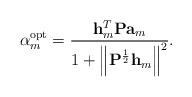
LaTeX: \begin{align*}\alpha_{m}^{\textrm{opt}}=\frac{\mathbf{h}_{m}^{T}\mathbf{P}\mathbf{a}_{m}}{1+\left\Vert \mathbf{P}^{\frac{1}{2}}\mathbf{h}_{m}\right\Vert ^{2}}.\end{align*}